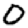
Digit: 0